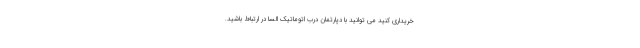
خریداری کنید می توانید با دپارتمان درب اتوماتیک السا در ارتباط باشید.